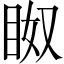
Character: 𱲰